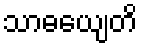
သာဓယျေတိ